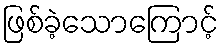
ဖြစ်ခဲ့သောကြောင့်